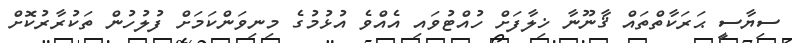
ސިޔާސީ ޙަރަކާތްތައް ޤާނޫނާ ޚިލާފަށް ހުއްޓުވައި އެއްވެ އުޅުމުގެ މިނިވަންކަމަށް ފުލުހުން ތަކުރާރުކޮށް